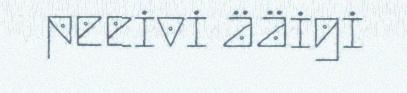
peeivi ääigi